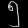
Digit: ၅